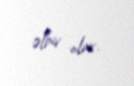
əlbir olur.